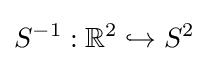
S^{-1}:\mathbb {R} ^{2}\hookrightarrow S^{2}